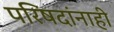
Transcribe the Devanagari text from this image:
परिषदांनाही